Leaving Certificate Examination, 1911
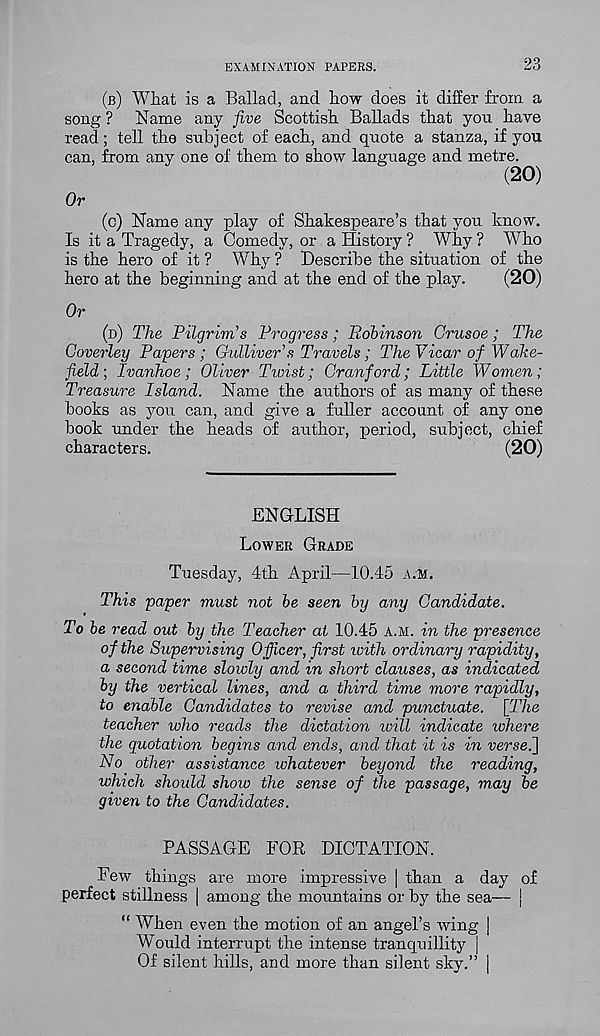
EXAMINATION PAPERS.
23
(B) What is a Ballad, and how does it differ from a
song ? Name any five Scottish Ballads that you have
read; tell the subject of each, and quote a stanza, if you
can, from any one of them to show language and metre.
(20)
Or
(c) Name any play of Shakespeare’s that you know.
Is it a Tragedy, a Comedy, or a History ? Why ? Who
is the hero of it ? Why ? Describe the situation of the
hero at the beginning and at the end of the play.
(20)
Or
(D) The Pilgrim's Progress; Robinson Crusoe; The
Coverley Papers; Gulliver's Travels; The Vicar of Wake-
field-, Ivanhoe; Oliver Twist; Cranford; Little Women;
Treasure Island. Name the authors of as many of these
books as you can, and give a fuller account of any one
book under the heads of author, period, subject, chief
characters.
(20)
ENGLISH
LOWER GRADE
Tuesday, 4th April—10.45 A.M.
This paper must not be seen by any Candidate.
To be read out by the Teacher at 10.45 A.M. in the presence
of the Supervising Officer, first with ordinary rapidity,
a second time slowly and in short clauses, as indicated
by the vertical lines, and a third time more rapidly,
to enable Candidates to revise and punctuate. [The
teacher who reads the dictation tvill indicate zohere
the quotation begins and ends, and that it is in verse.}
No other assistance whatever beyond the reading,
which shoidd show the sense of the passage, may be
given to the Candidates.
PASSAGE FOR DICTATION.
Few things are more impressive | than a day of
perfect stillness | among the mountains or by the sea— {
“ When even the motion of an angel’s wing j
Would interrupt the intense tranquillity j
Of silent hills, and more than silent sky.” J